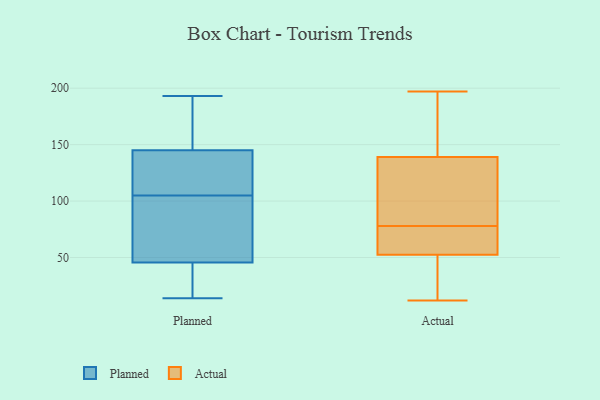
{"axis": {"x": "Market Share (%)", "y": "Value"}, "legend": ["Actual", "Planned"], "data": [{"x": "", "y": 161, "type": "Planned"}, {"x": "", "y": 177, "type": "Planned"}, {"x": "", "y": 45, "type": "Planned"}, {"x": "", "y": 124, "type": "Planned"}, {"x": "", "y": 26, "type": "Planned"}, {"x": "", "y": 193, "type": "Planned"}, {"x": "", "y": 183, "type": "Planned"}, {"x": "", "y": 39, "type": "Planned"}, {"x": "", "y": 14, "type": "Planned"}, {"x": "", "y": 94, "type": "Planned"}, {"x": "", "y": 111, "type": "Planned"}, {"x": "", "y": 123, "type": "Planned"}, {"x": "", "y": 119, "type": "Planned"}, {"x": "", "y": 129, "type": "Planned"}, {"x": "", "y": 87, "type": "Planned"}, {"x": "", "y": 68, "type": "Planned"}, {"x": "", "y": 30, "type": "Planned"}, {"x": "", "y": 185, "type": "Planned"}, {"x": "", "y": 99, "type": "Planned"}, {"x": "", "y": 46, "type": "Planned"}, {"x": "", "y": 53, "type": "Actual"}, {"x": "", "y": 12, "type": "Actual"}, {"x": "", "y": 37, "type": "Actual"}, {"x": "", "y": 122, "type": "Actual"}, {"x": "", "y": 190, "type": "Actual"}, {"x": "", "y": 52, "type": "Actual"}, {"x": "", "y": 143, "type": "Actual"}, {"x": "", "y": 163, "type": "Actual"}, {"x": "", "y": 38, "type": "Actual"}, {"x": "", "y": 65, "type": "Actual"}, {"x": "", "y": 84, "type": "Actual"}, {"x": "", "y": 197, "type": "Actual"}, {"x": "", "y": 72, "type": "Actual"}, {"x": "", "y": 61, "type": "Actual"}, {"x": "", "y": 99, "type": "Actual"}, {"x": "", "y": 135, "type": "Actual"}]}